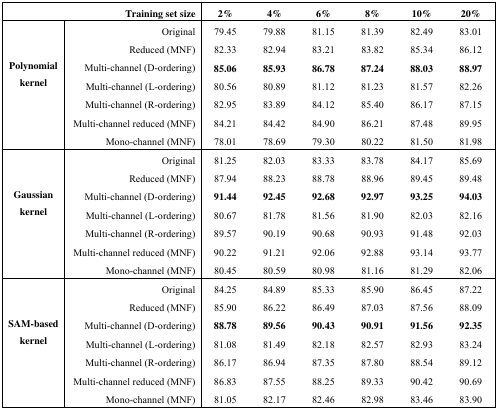
<table><thead><tr><td colspan="2"><b>Training set size</b></td><td><b>2%</b></td><td><b>4%</b></td><td><b>6%</b></td><td><b>8%</b></td><td><b>10%</b></td><td><b>20%</b></td></tr></thead><tbody><tr><td rowspan="7">Polynomial kernel</td><td>Original</td><td>79.45</td><td>79.88</td><td>81.15</td><td>81.39</td><td>82.49</td><td>83.01</td></tr><tr><td>Reduced (MNF)</td><td>82.33</td><td>82.94</td><td>83.21</td><td>83.82</td><td>85.34</td><td>86.12</td></tr><tr><td>Multi-channel (D-ordering)</td><td><b>85.06</b></td><td><b>85.93</b></td><td><b>86.78</b></td><td><b>87.24</b></td><td><b>88.03</b></td><td><b>88.97</b></td></tr><tr><td>Multi-channel (L-ordering)</td><td>80.56</td><td>80.89</td><td>81.12</td><td>81.23</td><td>81.57</td><td>82.26</td></tr><tr><td>Multi-channel (R-ordering)</td><td>82.95</td><td>83.89</td><td>84.12</td><td>85.40</td><td>86.17</td><td>87.15</td></tr><tr><td>Multi-channel reduced (MNF)</td><td>84.21</td><td>84.42</td><td>84.90</td><td>86.21</td><td>87.48</td><td>89.95</td></tr><tr><td>Mono-channel (MNF)</td><td>78.01</td><td>78.69</td><td>79.30</td><td>80.22</td><td>81.50</td><td>81.98</td></tr><tr><td rowspan="7">Gaussian kernel</td><td>Original</td><td>81.25</td><td>82.03</td><td>83.33</td><td>83.78</td><td>84.17</td><td>85.69</td></tr><tr><td>Reduced (MNF)</td><td>87.94</td><td>88.23</td><td>88.78</td><td>88.96</td><td>89.45</td><td>89.48</td></tr><tr><td>Multi-channel (D-ordering)</td><td><b>91.44</b></td><td><b>92.45</b></td><td><b>92.68</b></td><td><b>92.97</b></td><td><b>93.25</b></td><td><b>94.03</b></td></tr><tr><td>Multi-channel (L-ordering)</td><td>80.67</td><td>81.78</td><td>81.56</td><td>81.90</td><td>82.03</td><td>82.16</td></tr><tr><td>Multi-channel (R-ordering)</td><td>89.57</td><td>90.19</td><td>90.68</td><td>90.93</td><td>91.48</td><td>92.03</td></tr><tr><td>Multi-channel reduced (MNF)</td><td>90.22</td><td>91.21</td><td>92.06</td><td>92.88</td><td>93.14</td><td>93.77</td></tr><tr><td>Mono-channel (MNF)</td><td>80.45</td><td>80.59</td><td>80.98</td><td>81.16</td><td>81.29</td><td>82.06</td></tr><tr><td rowspan="7">SAM-based kernel</td><td>Original</td><td>84.25</td><td>84.89</td><td>85.33</td><td>85.90</td><td>86.45</td><td>87.22</td></tr><tr><td>Reduced (MNF)</td><td>85.90</td><td>86.22</td><td>86.49</td><td>87.03</td><td>87.56</td><td>88.09</td></tr><tr><td>Multi-channel (D-ordering)</td><td><b>88.78</b></td><td><b>89.56</b></td><td><b>90.43</b></td><td><b>90.91</b></td><td><b>91.56</b></td><td><b>92.35</b></td></tr><tr><td>Multi-channel (L-ordering)</td><td>81.08</td><td>81.49</td><td>82.18</td><td>82.57</td><td>82.93</td><td>83.24</td></tr><tr><td>Multi-channel (R-ordering)</td><td>86.17</td><td>86.94</td><td>87.35</td><td>87.80</td><td>88.54</td><td>89.12</td></tr><tr><td>Multi-channel reduced (MNF)</td><td>86.83</td><td>87.55</td><td>88.25</td><td>89.33</td><td>90.42</td><td>90.69</td></tr><tr><td>Mono-channel (MNF)</td><td>81.05</td><td>82.17</td><td>82.46</td><td>82.98</td><td>83.46</td><td>83.90</td></tr></tbody></table>